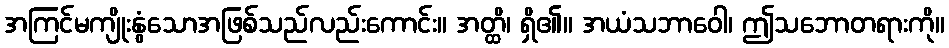
အကြင်မကျိုးနွံသောအဖြစ်သည်လည်းကောင်း။ အတ္ထိ၊ ရှိ၏။ အယံသဘာဝေါ၊ ဤသဘောတရားကို။